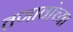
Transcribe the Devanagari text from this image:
तणावांच्या